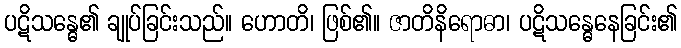
ပဋိသန္ဓေ၏ ချုပ်ခြင်းသည်။ ဟောတိ၊ ဖြစ်၏။ ဇာတိနိရောဓာ၊ ပဋိသန္ဓေနေခြင်း၏